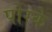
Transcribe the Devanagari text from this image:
पोरके